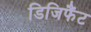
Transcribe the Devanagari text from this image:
डिजिफैंट